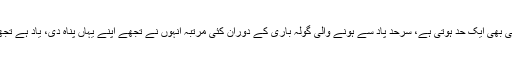
احسان فراموشی کی بھی ایک حد ہوتی ہے، سرحد پاد سے ہونے والی گولہ باری کے دوران کئی مرتبہ اْنہوں نے تجھے اپنے یہاں پناہ دی، یاد ہے تجھے کہ بھول گئی؟